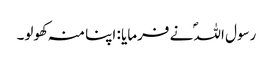
رسول اللہؐ نے فرمایا : اپنا منہ کھولو۔